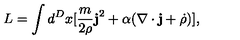
L = \int d ^ { D } x [ \frac { m } { 2 \rho } { \bf j } ^ { 2 } + \alpha ( \nabla \cdot { \bf j } + \dot { \rho } ) ] ,